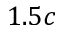
1 . 5 c